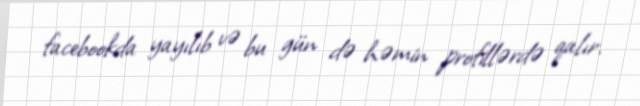
facebookda yayılıb və bu gün də həmin profillərdə qalır.